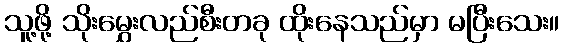
သူ့ဖို့ သိုးမွှေးလည်စီးတခု ထိုးနေသည်မှာ မပြီးသေး။